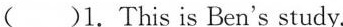
( )1. This is Ben's study.